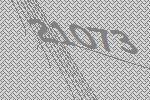
21073